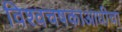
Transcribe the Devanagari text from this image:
विश्वचषकाआधीचा